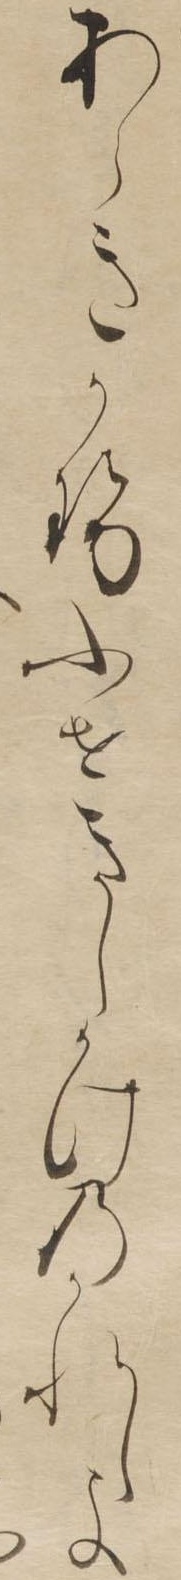
あらきかせふせきしかけのかれしよ